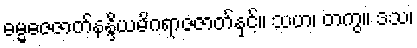
ဓမ္မဓဇဇာတ်နန္ဒိယမိဂရာဇဇာတ်နှင့်။ သဟ၊ တကွ။ ဒသ၊